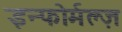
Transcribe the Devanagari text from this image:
इन्फोर्मल्ज़